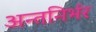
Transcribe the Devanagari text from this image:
अन्तनिर्भर